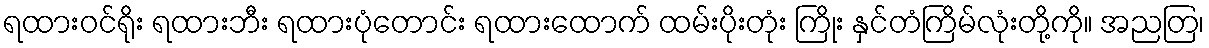
ရထားဝင်ရိုး ရထားဘီး ရထားပုံတောင်း ရထားထောက် ထမ်းပိုးတုံး ကြိုး နှင်တံကြိမ်လုံးတို့ကို။ အညတြ၊